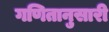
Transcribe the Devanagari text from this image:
गणितानुसारी